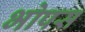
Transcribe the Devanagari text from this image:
भोपस